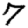
Digit: 7